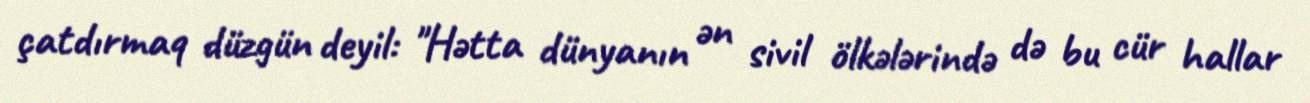
çatdırmaq düzgün deyil: "Hətta dünyanın ən sivil ölkələrində də bu cür hallar